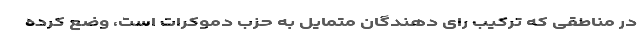
در مناطقی که ترکیب رای دهندگان متمایل به حزب دموکرات است، وضع کرده